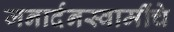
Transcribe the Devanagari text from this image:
जनार्दनस्वामींचे